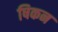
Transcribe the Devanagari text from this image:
षिकन